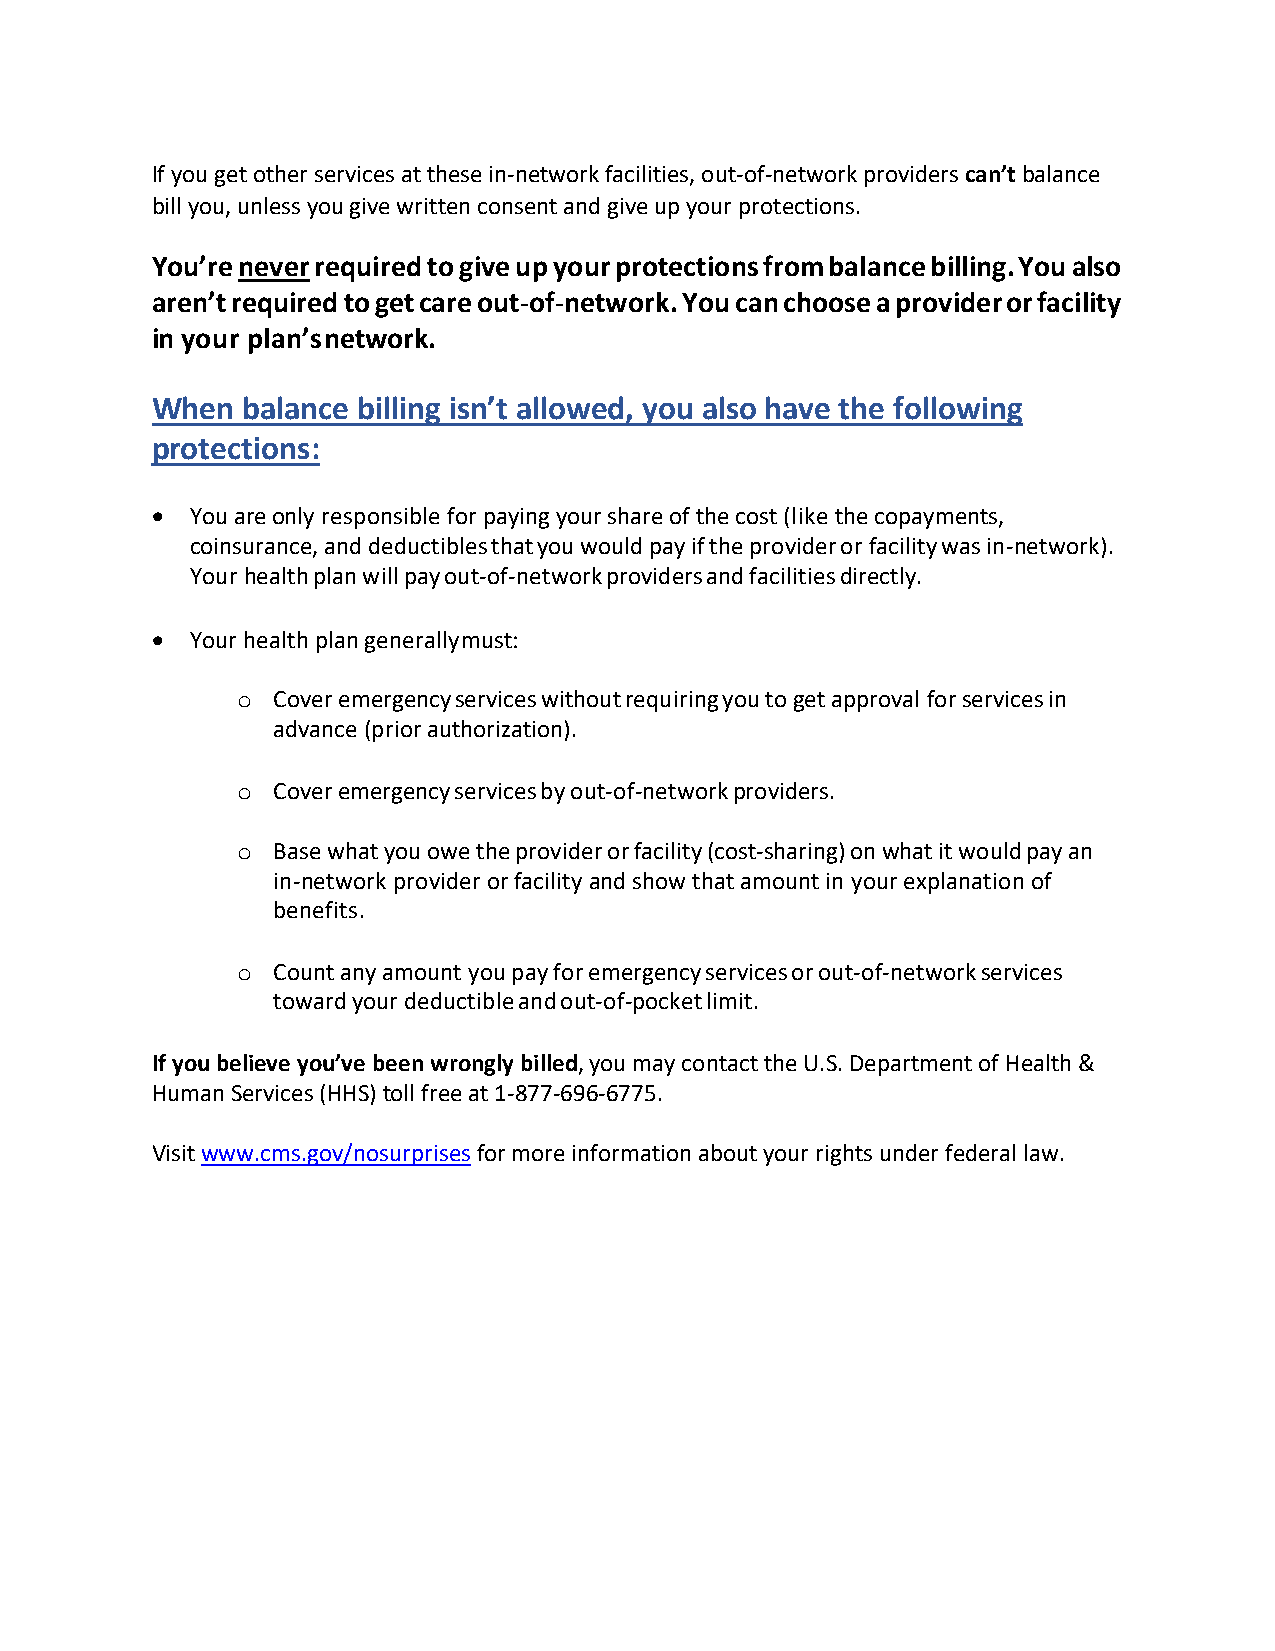
If you get other services at these in-network facilities, out-of-network providers can’t balance
 bill you, unless you give written consent and give up your protections.
 You’re never required to give up your protections from balance billing. You also
 aren’t required to get care out-of-network. You can choose a provider or facility
 in your plan’s network.
 When  balance billing isn’t allowed, you also have the following
 protections:
 •  You are only responsible for paying your share of the cost (like the copayments,
 coinsurance, and deductibles that you would pay if the provider or facility was in-network).
 Your health plan will pay out-of-network providers and facilities directly.
 •  Your health plan generally must:
 o Cover emergency services without requiring you to get approval for services in
 advance (prior authorization).
 o Cover emergency services by out-of-network providers.
 o Base what you owe the provider or facility (cost-sharing) on what it would pay an
 in-network provider or facility and show that amount in your explanation of
 benefits.
 o Count any amount you pay for emergency services or out-of-network services
 toward your deductible and out-of-pocket limit.
 If you believe you’ve been wrongly billed, you may contact the U.S. Department of Health &
 Human Services (HHS) toll free at 1-877-696-6775.
 Visit www.cms.gov/nosurprises for more information about your rights under federal law.